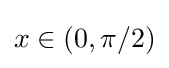
x\in (0,\pi /2)